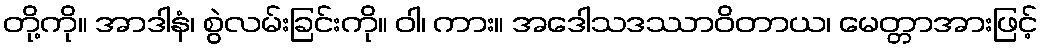
တို့ကို။ အာဒါနံ၊ စွဲလမ်းခြင်းကို။ ဝါ၊ ကား။ အဒေါသဒဿာဝိတာယ၊ မေတ္တာအားဖြင့်